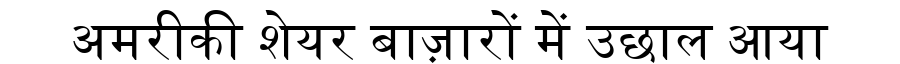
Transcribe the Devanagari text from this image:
अमरीकी शेयर बाज़ारों में उछाल आया